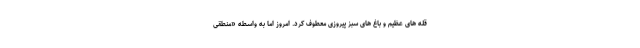
قله های عظیم و باغ های سبز پیروزی معطوف کرد. امروز اما به واسطه «منطقی